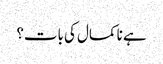
ہے نا کمال کی بات؟